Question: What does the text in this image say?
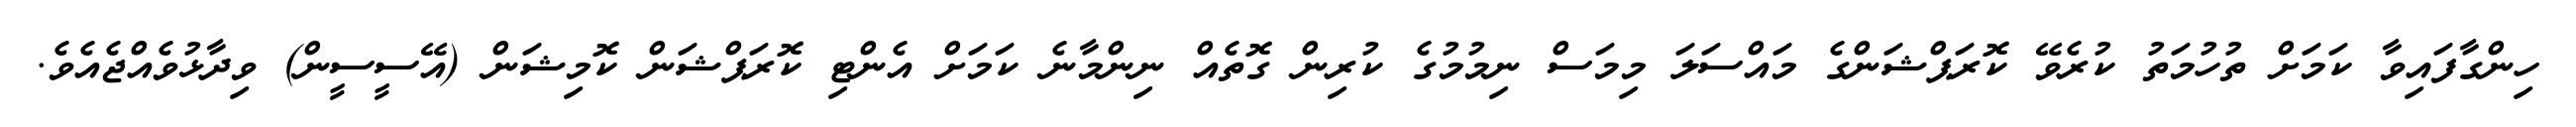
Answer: ހިންގާފައިވާ ކަމަށް ތުހުމަތު ކުރެވޭ ކޮރަޕްޝަންގެ މައްސަލަ މިމަސް ނިމުމުގެ ކުރިން ގޮތެއް ނިންމާނެ ކަމަށް އެންޓި ކޮރަޕްޝަން ކޮމިޝަން (އޭސީސީން) ވިދާޅުވެއްޖެއެވެ.